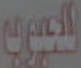
للعيون